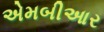
એમબીઆર